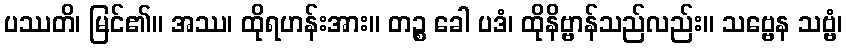
ပဿတိ၊ မြင်၏။ အဿ၊ ထိုရဟန်းအား။ တဉ္စ ခေါ ပဒံ၊ ထိုနိဗ္ဗာန်သည်လည်း။ သဗ္ဗေန သဗ္ဗံ၊